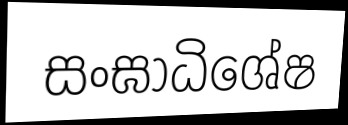
සංඝාධිශේෂ